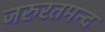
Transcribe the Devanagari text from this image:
जरुरतमन्द